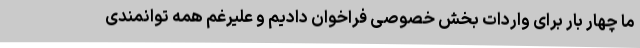
ما چهار بار برای واردات بخش خصوصی فراخوان دادیم و علیرغم همه توانمندی